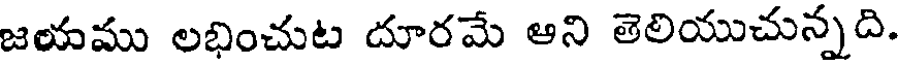
జయము లభించుట దూరమే అని తెలియుచున్నది.